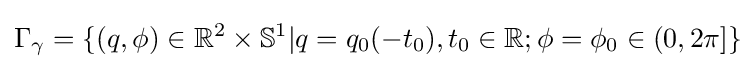
\Gamma _{\gamma }=\{(q,\phi )\in \mathbb {R} ^{2}\times \mathbb {S} ^{1}|q=q_{0}(-t_{0}),t_{0}\in \mathbb {R} ;\phi =\phi _{0}\in (0,2\pi ]\}